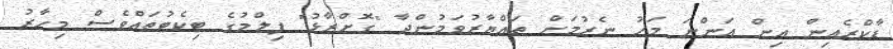
ޑާކްރެއިން އިން އަންނަ މަހު ނެރުމަށް ތައްޔާރުވަމުންދާ "ގޮށްރާޅު" ފިލްމުގެ ޓިކެޓުތައްވެސް މިހާރު